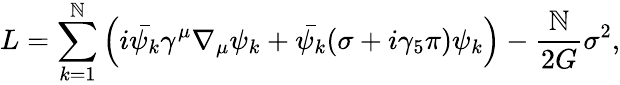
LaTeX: L=\sum_{k=1}^{\mathbb{N}}\left(i\bar{{\psi_{k}}}\gamma^{\mu}\nabla_{\mu}\psi_{k}+\bar{{\psi_{k}}}(\sigma+i\gamma_{5}\pi)\psi_{k}\right)-\frac{{\mathbb{N}}}{{2G}}\sigma^{2},